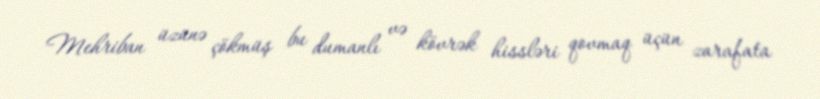
Mehriban üzünə çökmüş bu dumanlı və kövrək hissləri qovmaq üçün zarafata